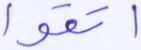
اتقوا